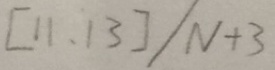
[ 1 1 , 1 3 ] / N + 3